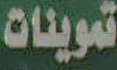
تموينات